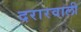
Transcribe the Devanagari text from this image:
दरारवाली